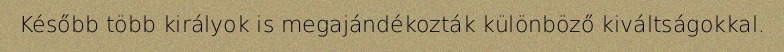
Később több királyok is megajándékozták különböző kiváltságokkal.